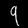
Digit: 9